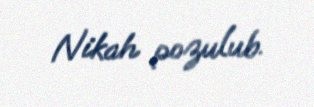
Nikah pozulub.